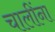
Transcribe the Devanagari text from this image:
चालींना